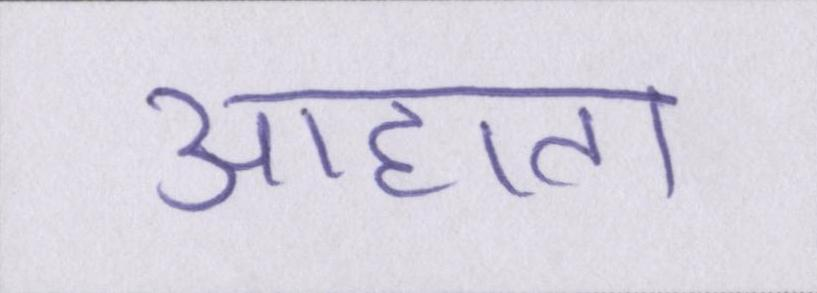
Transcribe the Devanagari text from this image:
आहाता